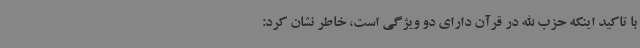
با تاکید اینکه حزب الله در قرآن دارای دو ویژگی است، خاطر نشان کرد: